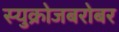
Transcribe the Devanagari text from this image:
स्युक्रोजबरोबर